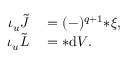
\begin{array} { r l } { \iota _ { u } \tilde { J } } & { { } = ( - ) ^ { q + 1 } { * \xi } , } \\ { \iota _ { u } { \tilde { L } } } & { { } = { * \mathrm { d } V } . } \end{array}